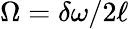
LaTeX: \Omega=\delta\omega/2\ell